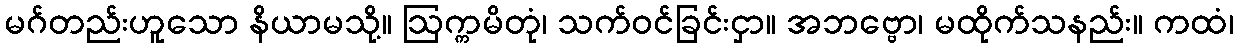
မဂ်တည်းဟူသော နိယာမသို့။ ဩက္ကမိတုံ၊ သက်ဝင်ခြင်းငှာ။ အဘဗ္ဗော၊ မထိုက်သနည်း။ ကထံ၊